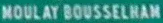
MOULAY BOUSSERLAN